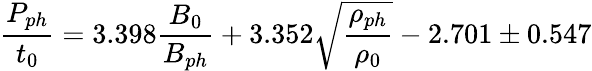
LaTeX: \frac{P_{ph}}{t_{0}}=3.398\frac{B_{0}}{B_{ph}}+3.352\sqrt{\frac{\rho_{ph}}{\rho_{0}}}-2.701\pm 0.547